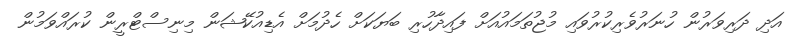
އަދި ދަރިވަރުން ހުނަރުވެރިކުރުވައި މުޖުތަމައުއަށް ފައިދާހުރި ބަޔަކަށް ހެދުމަށް އެޑިއުކޭޝަން މިނިސްޓްރީން ކުރައްވަމުން